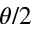
\theta / 2